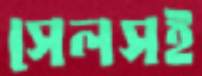
সেলসই